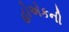
હોએકની